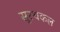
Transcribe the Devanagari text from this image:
सूरथकल